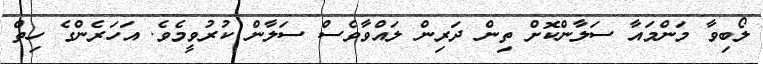
ލޯބިވާ މަންމައާ ސަލާންކޮށް ތިން ދަރިން ލައްވާވެސް ސަލާން ކުރުވީމެވެ. އަހަރެންގެ ހިތް